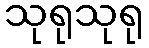
သုရုသုရု